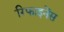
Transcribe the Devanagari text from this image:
रिफाइनेंस